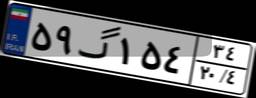
۵۹گ۱۵۴۳۴